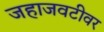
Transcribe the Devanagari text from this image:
जहाजवटीवर